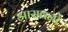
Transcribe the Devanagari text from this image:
आसवनों